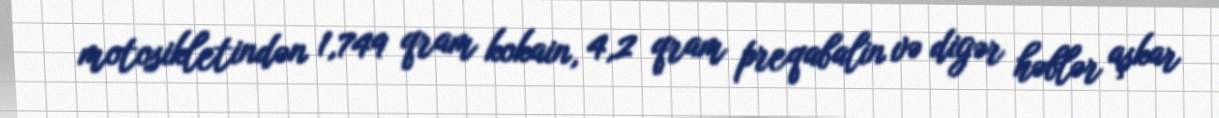
motosikletindən 1,749 qram kokain, 4,2 qram preqabalin və digər həblər aşkar